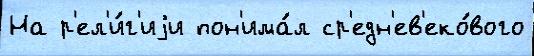
На р'ел'и́г'иjи пон'има́л ср'едн'ев'еко́вого